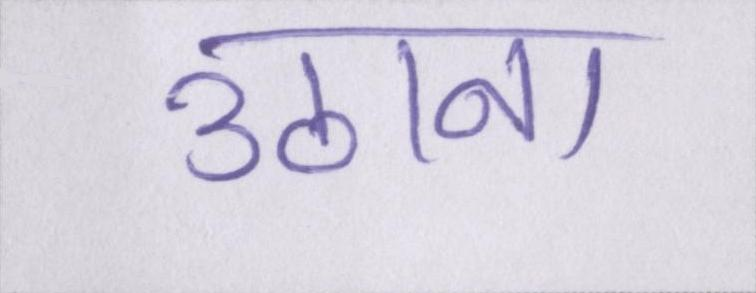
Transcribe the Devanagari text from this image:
उठाना